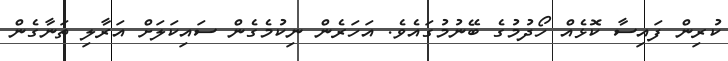
ކުރިން ފައިސާ ކޮޅެއް ހޯދުމުގެ ބޭނުމުގައެވެ. އަހަރެން ނިކުމެގެން ސައިކަލަށް އަރާލި ތަނާގެން